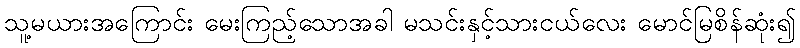
သူ့မယားအကြောင်း မေးကြည့်သောအခါ မသင်းနှင့်သားငယ်လေး မောင်မြစိန်ဆုံး၍